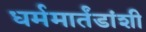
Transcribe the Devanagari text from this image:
धर्ममार्तंडांशी